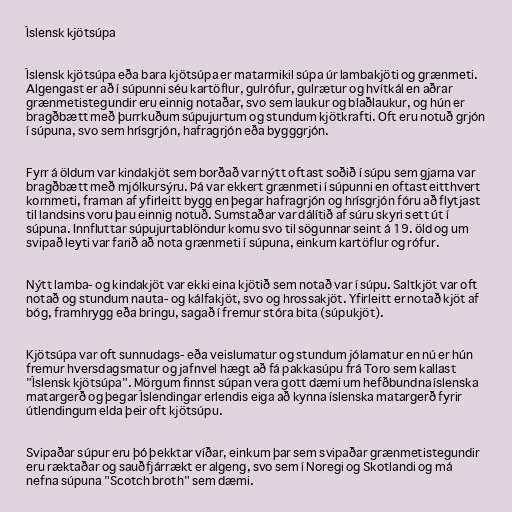
Íslensk kjötsúpa

Íslensk kjötsúpa eða bara kjötsúpa er matarmikil súpa úr lambakjöti og grænmeti.
Algengast er að í súpunni séu kartöflur, gulrófur, gulrætur og hvítkál en aðrar
grænmetistegundir eru einnig notaðar, svo sem laukur og blaðlaukur, og hún er
bragðbætt með þurrkuðum súpujurtum og stundum kjötkrafti. Oft eru notuð grjón
í súpuna, svo sem hrísgrjón, hafragrjón eða bygggrjón.

Fyrr á öldum var kindakjöt sem borðað var nýtt oftast soðið í súpu sem gjarna var
bragðbætt með mjólkursýru. Þá var ekkert grænmeti í súpunni en oftast eitthvert
kornmeti, framan af yfirleitt bygg en þegar hafragrjón og hrísgrjón fóru að flytjast
til landsins voru þau einnig notuð. Sumstaðar var dálítið af súru skyri sett út í
súpuna. Innfluttar súpujurtablöndur komu svo til sögunnar seint á 19. öld og um
svipað leyti var farið að nota grænmeti í súpuna, einkum kartöflur og rófur.

Nýtt lamba- og kindakjöt var ekki eina kjötið sem notað var í súpu. Saltkjöt var oft
notað og stundum nauta- og kálfakjöt, svo og hrossakjöt. Yfirleitt er notað kjöt af
bóg, framhrygg eða bringu, sagað í fremur stóra bita (súpukjöt).

Kjötsúpa var oft sunnudags- eða veislumatur og stundum jólamatur en nú er hún
fremur hversdagsmatur og jafnvel hægt að fá pakkasúpu frá Toro sem kallast
"Íslensk kjötsúpa". Mörgum finnst súpan vera gott dæmi um hefðbundna íslenska
matargerð og þegar Íslendingar erlendis eiga að kynna íslenska matargerð fyrir
útlendingum elda þeir oft kjötsúpu.

Svipaðar súpur eru þó þekktar víðar, einkum þar sem svipaðar grænmetistegundir
eru ræktaðar og sauðfjárrækt er algeng, svo sem í Noregi og Skotlandi og má
nefna súpuna "Scotch broth" sem dæmi.